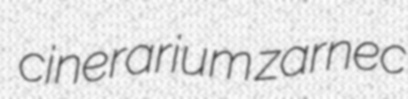
cinerarium zarnec